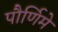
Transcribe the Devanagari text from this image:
पौर्णिमे